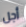
أجل